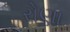
રોણા